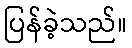
ပြန်ခဲ့သည်။